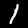
Digit: 1